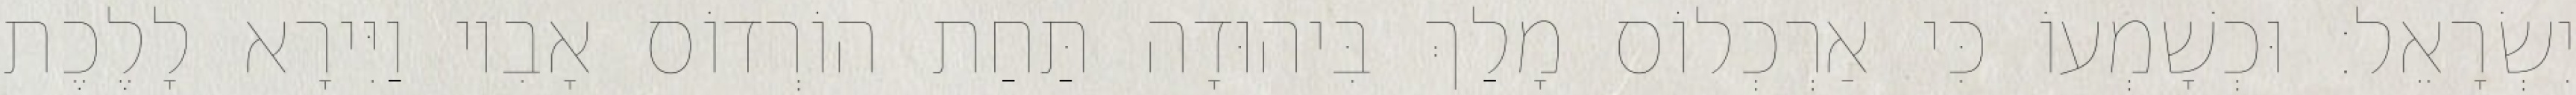
יִשְׂרָאֵל׃ וּכְשָׁמְעוֹ כִּי אַרְכְלוֹס מָלַךְ בִּיהוּדָה תַּחַת הוֹרְדוֹס אָבִיו וַיִּירָא לָלֶכֶת